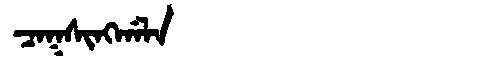
Manchu: ᠴᠠᡴᠰᡳᠩᡤᠠᠯᠠ
Romanization: CAKSINGGALA